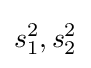
s_{1}^{2},s_{2}^{2}